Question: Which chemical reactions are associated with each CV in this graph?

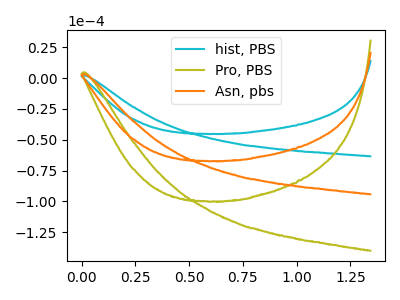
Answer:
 <answer>The cyan curve is labeled "hist, PBS". The olive curve is labeled "Pro, PBS". The orange curve is labeled "Asn, pbs".</answer>
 <eval></eval>